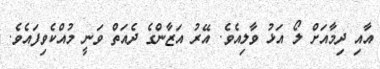
އާއި ދިމާއަށް ލޯ އަޅު ވާލިއެވެ. އޭރު އަޒާންގެ ދެއަތް ވަނީ މުއްކެވިފައެވެ.